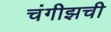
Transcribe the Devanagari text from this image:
चंगीझची